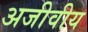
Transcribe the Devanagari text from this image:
अजीवीय